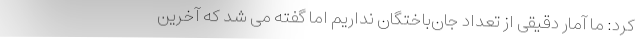
کرد: ما آمار دقیقی از تعداد جان‌باختگان نداریم اما گفته می شد که آخرین